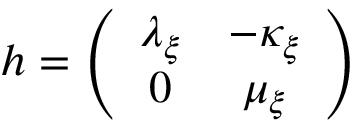
h = \left( \begin{array} { c c } { { \lambda _ { \xi } } } & { { - \kappa _ { \xi } } } \\ { { 0 } } & { { \mu _ { \xi } } } \end{array} \right)